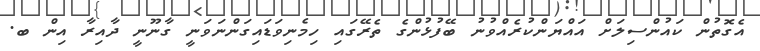
އެގޮތުން ކައުންސިލަށް އައްޔަންކުރެއްވުނު ބޭފުޅުންގެ ތެރޭގައި ހިމެނިވަޑައިގަންނަވަނީ ގާނޫނީ ދާއިރާ އިން ބ.